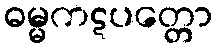
ဓမ္မကဋပတ္တော